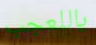
ياللعجب